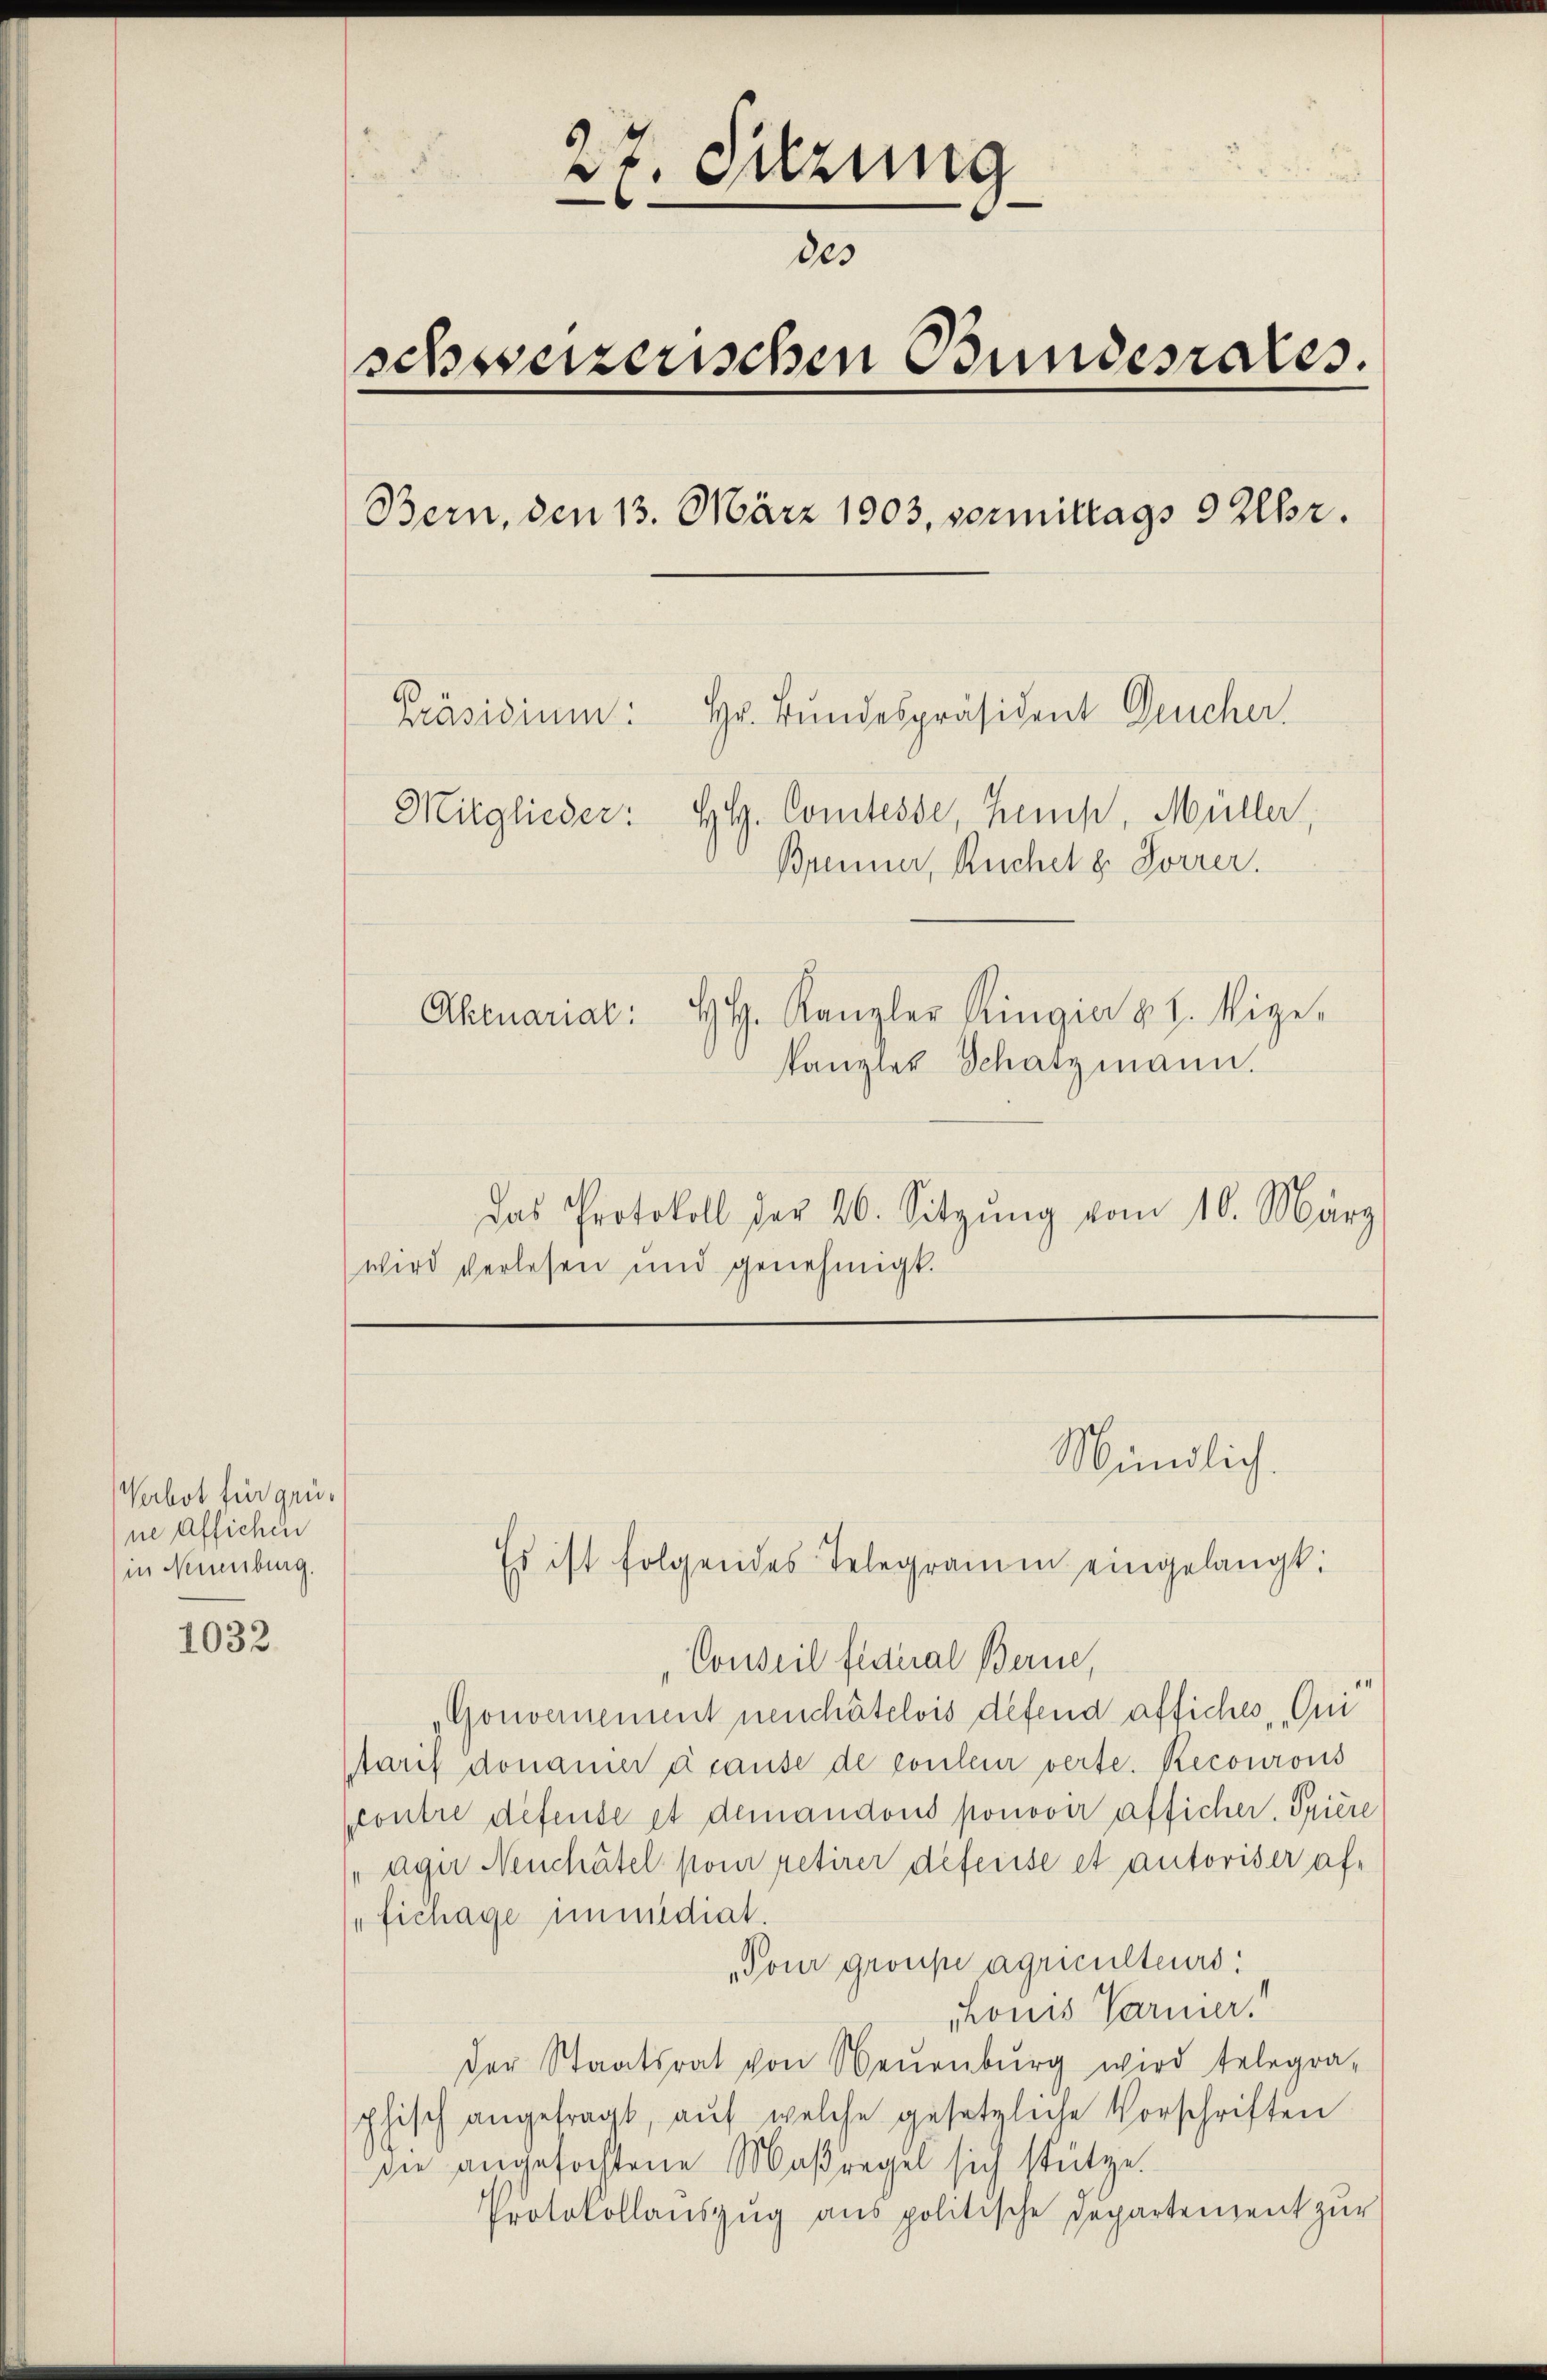
Verbot für grüne Affichen
in Neuenburg.

1032

27. Sitzung
des
schweizerischen Bundesrates.
Bern, den 13. März 1903, vormittags 9 Uhr.
Präsidium: Hr. Bundespräsident Deucher.
Mitglieder: Hl. Comtesse, Zemp, Müller,
Brenner, Ruchel 8. Forrer.
Aktuariat: HH. Kanzler Ringia v. J. Wige-
kanzler Schatzmann.

Das Protokoll der 26. Sitzŭng vom 10. März
wird verlesen und genehmigt.

Mündlich.

Es ist folgendes Telegramm eingelangt:
Conseil figural Berne,
„Gouvernement neuchâtelois defend affiches Qui
Starif donauer à cause de couleur verte. Recourons
contre defense et demandons ponovir afficher. Spiere
"agu Neuchâtel pour retirer deferise et autoriser af¬
"fichage immediat.
Tour grosse agriculteurs:
phonis Parmer!!
der Staatsrat von Neŭenbŭrg wird telegra-
phisch angefragt, aŭf welche gesetzliche Vorschriften
die angefochtene Maßregel sich stütze.
Protokollauszug aus politische Departement zur